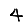
Digit: 4